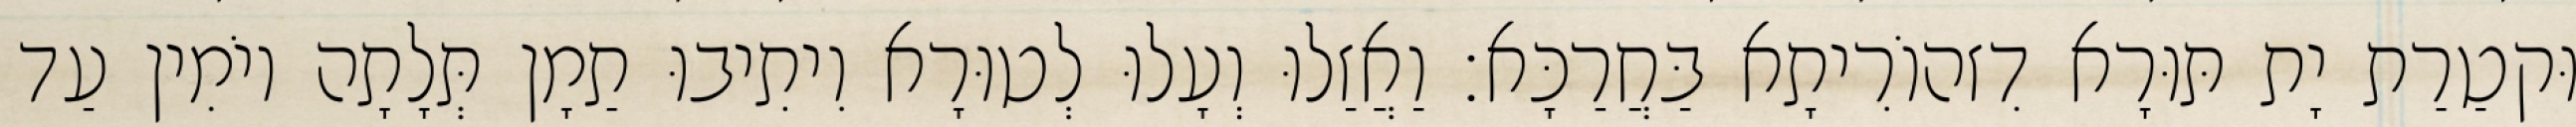
וּקטַרַת יָת תּוּרָא דִזהוֹרִיתָא בַּחֲרַכָּא׃ וַאֲזַלוּ וְעָלוּ לְטוּרָא וִיתִיבוּ תַמָן תְּלָתָה יוֹמִין עַד